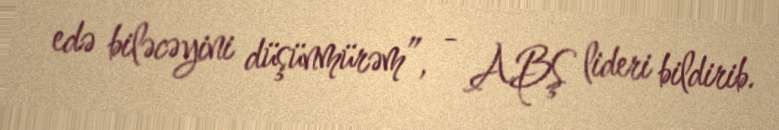
edə biləcəyini düşünmürəm”, - ABŞ lideri bildirib.